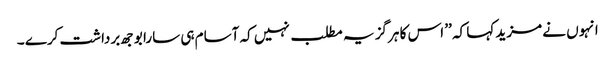
انہوں نے مزید کہا کہ ’’ اس کا ہرگز یہ مطلب نہیں کہ آسام ہی سارا بوجھ برداشت کرے ۔